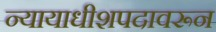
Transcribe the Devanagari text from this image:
न्यायाधीशपदावरून